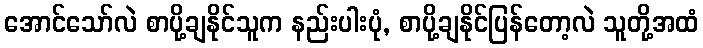
အောင်သော်လဲ စာပို့ချနိုင်သူက နည်းပါးပုံ, စာပို့ချနိုင်ပြန်တော့လဲ သူတို့အထံ